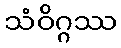
သံဝိဂ္ဂဿ